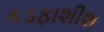
કડફાશીશ